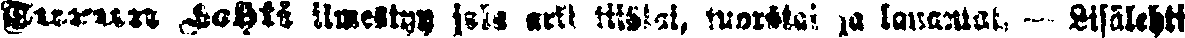
Turun Lehti ilmestyy joka arki tiistai, tuorstai ja lauantai. — Lisälehti